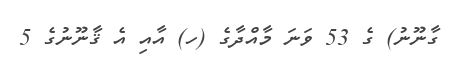
ގާނޫނު) ގެ 53 ވަނަ މާއްދާގެ (ހ) އާއި އެ ޤާނޫނުގެ 5